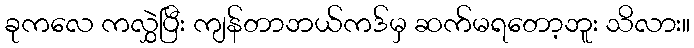
ခုကလေ ကလွှဲပြီး ကျန်တာဘယ်ကဒ်မှ ဆက်မရတော့ဘူး သိလား။